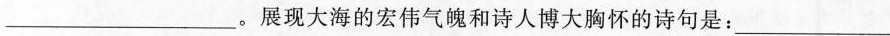
___。展现大海的宏伟气魄和诗人博大胸怀的诗句是：___